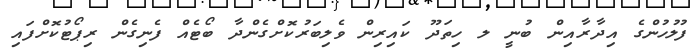
ފުލުހުންގެ އިދާރާއިން ބުނީ ލ ހިތަދޫ ކައިރިން ވެލިބަރުކޮށްގެންދާ ބޯޓެއް ފެނިގެން ރިޕޯޓުކޮށްފައި